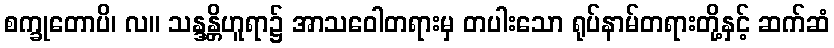
စက္ခုတောပိ၊ လ။ သန္ဒန္တိဟူရာ၌ အာသဝေါတရားမှ တပါးသော ရုပ်နာမ်တရားတို့နှင့် ဆက်ဆံ